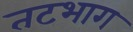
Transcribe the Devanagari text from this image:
तटभाग